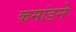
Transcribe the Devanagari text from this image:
कमांडने